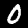
Label: 0